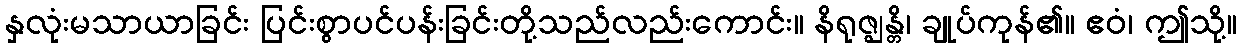
နှလုံးမသာယာခြင်း ပြင်းစွာပင်ပန်းခြင်းတို့သည်လည်းကောင်း။ နိရုဇ္ဈန္တိ၊ ချုပ်ကုန်၏။ ဧဝံ၊ ဤသို့။